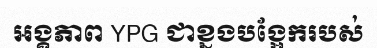
អង្គភាព YPG ជាខ្នងបង្អែករបស់